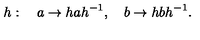
h : \quad a \to h a h ^ { - 1 } , \quad b \to h b h ^ { - 1 } .